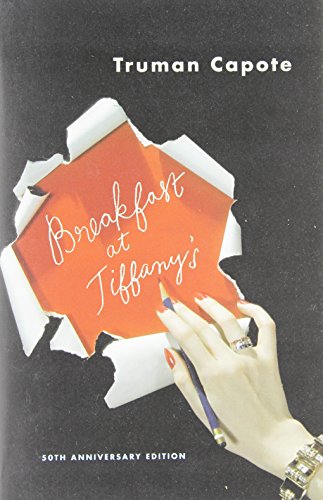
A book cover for Breakfast at Tiffany's and Three Stories; Truman Capote; Literature & Fiction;